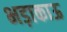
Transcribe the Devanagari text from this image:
भड़ाकाऊ